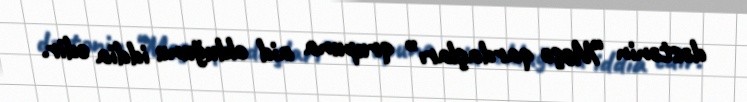
dəstənin “Meşə qardaşları” qrupuna aid olduğunu iddia edir.